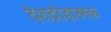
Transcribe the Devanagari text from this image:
देशद्रोहात्मक